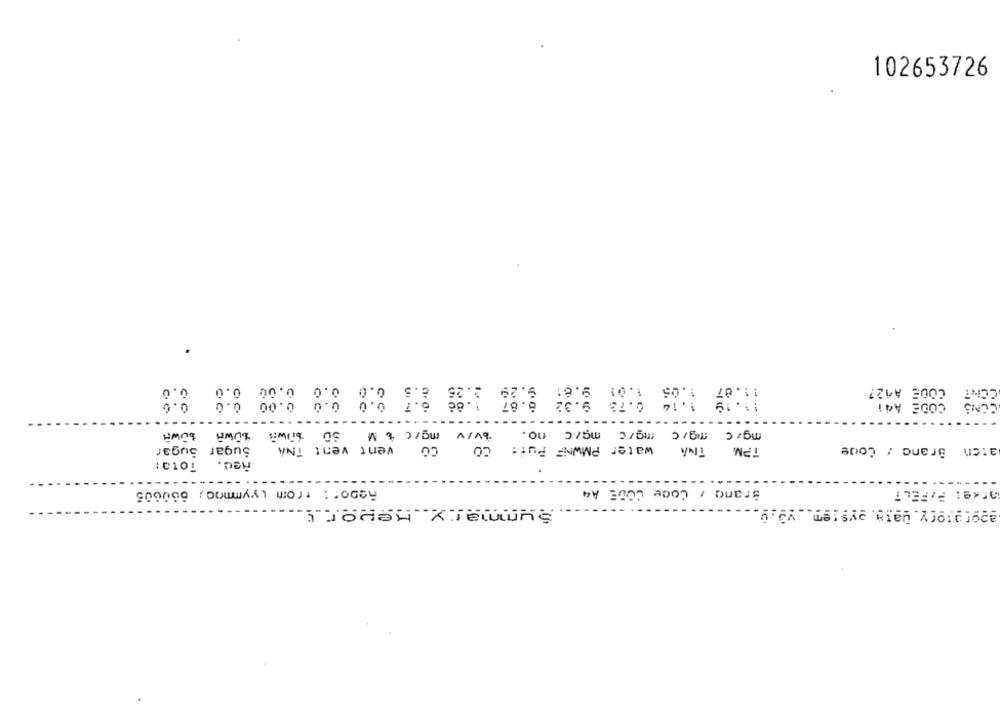
102653726
. 0
0.00 0.0
0.0 0.0
8.5
2.25
1.05 1.01 9.81 9.29
11.07
CODE A427
CCNT
0.0
0.0
6.7 0.0 0.0 0.00
9 .87
0.73 9.32
11.19
CONS
CODE A41
-------
------
----
mg/ c mg/ c mg/ c mg/ c no.
LOWA
SD $DWR
bv/v marc & M
vent vent TNA
CO CO
water PMWNF Put:
Sugar Sugar
TINA
TPM
aton Branc / Coge
: 0101
- --
Brand /
Report from (yymmno) 650605
Come CODE A4
arke: P/FELT